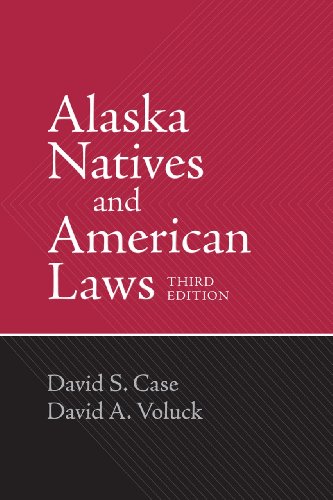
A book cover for Alaska Natives and American Laws: Third Edition; David S. Case; Law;